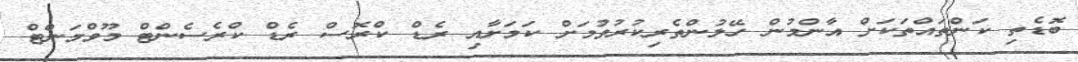
ބޮޑެތި ކަންތައްތަކަށް އާންމުން ހޭލުންތެރިކުރުވުމަށް ކަމަށާއި ރެޑް ކްރޮސް ރެޑް ކްރެސެންޓް މޫވްމަންޓް